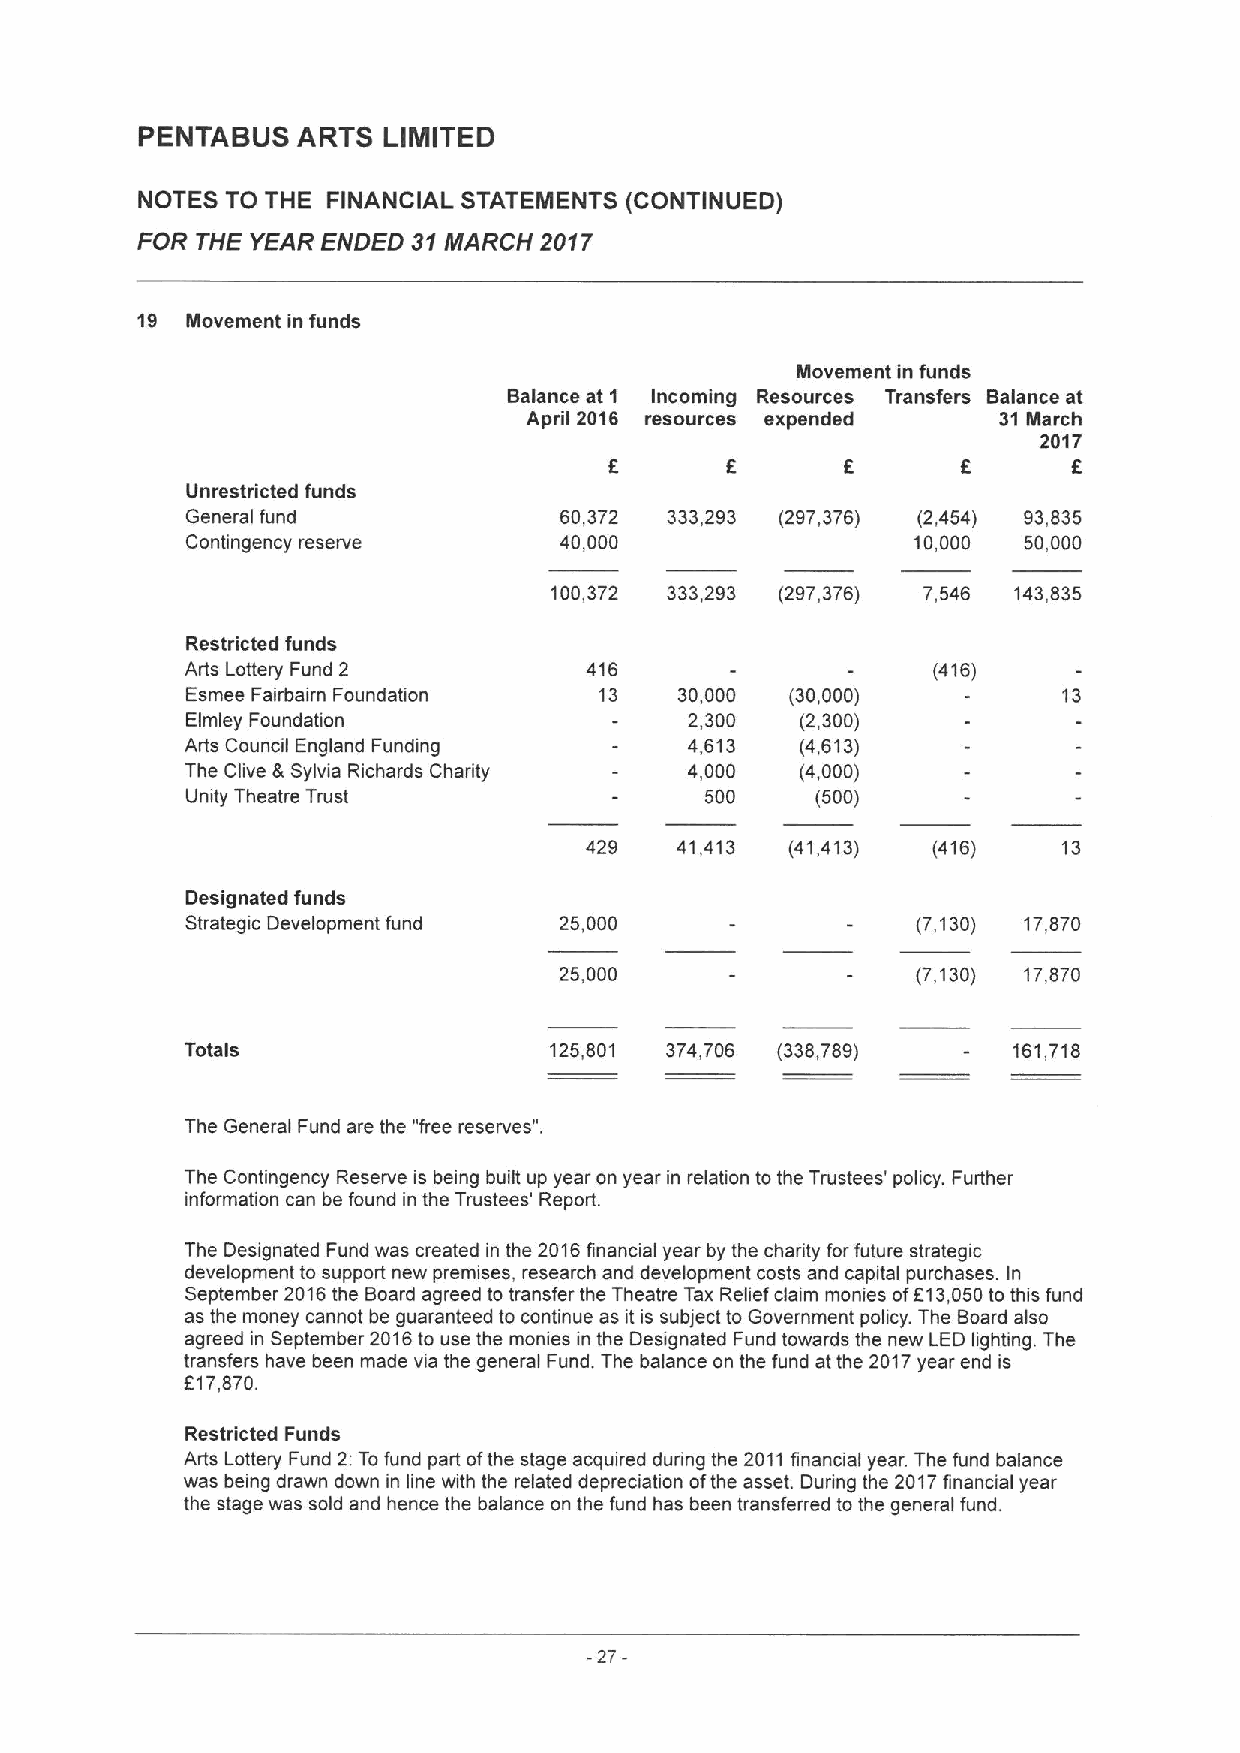
PENTABUS   ARTS LIMITED
 NOTES TO THE FINANCIAL STATEMENTS (CONTINUED)
 FOR THE YEAR ENDED 31NIARCH 2017
 19 Movement in funds
 Movement in funds
 Balance at 1 Incoming Resources Transfers Balance at
 April 2016 resources expended  31March
 2017
 f      f
 6       6
 Unrestricted funds
 General fund             60,372 333,293 (297,376) (2,454) 93,835
 Contingency reserve      40,000                 10,000  50,000
 100,372 333,293 (297,376) 7,546 143,835
 Restricted funds
 Arts Lottery Fund 2        416                    (416)
 Esmee Fairbairn Foundation  13   30,000 (30,000)          13
 Elmley Foundation                 2,300  (2,300)
 Arts Council England Funding      4,613  (4,613)
 The Clive &Sylvia Richards Chadity 4,000 (4,000)
 Unity Theatre Trust                500    (500)
 429   41,413 (41,413)  (416)   13
 Designated funds
 Strategic Development fund 25,000                (7,130) 17,870
 25,000                  (7,130) 17,870
 Totals                  125,801 374,706 (338,789)      161,718
 The General Fund are the "free reserves".
 The Contingency Reserve is being built up year on year in relation to the Trustees' policy. Further
 information can be found in the Trustees' Report.
 The Designated Fund was created in the 2016financial year by the charity for future strategic
 development to support new premises, research and development costs and capital purchases. In
 September 2016the Board agreed to transfer the Theatre Tax Relief claim monies ofEt3,050to this fund
 as the money cannot be guaranteed to continue as it is subject to Government policy. The Board also
 agreed in September 2016to use the monies in the Designated Fund towards the new LED lighting. The
 transfers have been made via the general Fund. The balance on the fund at the 2017year end is
 F17,870.
 Restricted Funds
 Arts Lottery Fund 2:Tofund part ofthe stage acquired during the 2011financial year. The fund balance
 was being drawn down in line with the related depreciation ofthe asset. During the 2017financial year
 the stage was sold and hence the balance on the fund has been transferred to the general fund.
 -27-